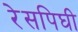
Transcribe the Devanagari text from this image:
रेसपिघी